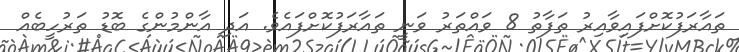
ތައާރަފުކޮށްފައިވާއިރު ތަފާތު 8 ވައްތަރު ވަނީ ތައާރަފުކޮށްފައެވެ. އަދި އާންމުންގެ ބޮޑު ތަރުހީބެއް